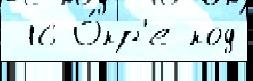
 16 О́кр'е код